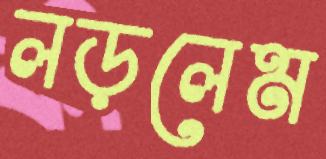
লড়লেম